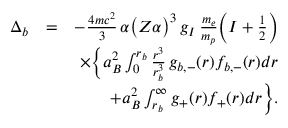
\begin{array} { r l r } { \Delta _ { b } } & { = } & { - \frac { 4 m c ^ { 2 } } { 3 } \, \alpha \big ( Z \alpha \big ) ^ { 3 } \, g _ { I } \, \frac { m _ { e } } { m _ { p } } \Big ( I + \frac { 1 } { 2 } \Big ) } \\ & { } & { \times \bigg \{ a _ { B } ^ { 2 } \int _ { 0 } ^ { r _ { b } } \frac { r ^ { 3 } } { r _ { b } ^ { 3 } } \, g _ { b , - } ( r ) f _ { b , - } ( r ) d r } \\ & { } & { + a _ { B } ^ { 2 } \int _ { r _ { b } } ^ { \infty } g _ { + } ( r ) f _ { + } ( r ) d r \bigg \} . } \end{array}